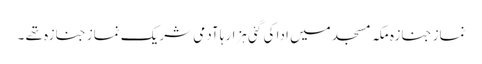
نماز جنازہ مکہ مسجد میں ادا کی گئی ہزارہا آدمی شریک نماز جنازہ تھے ۔